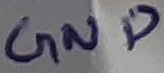
Text: GND